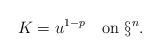
LaTeX: \begin{align*}K= u^{1-p}\quad\mbox{on }\S^n.\end{align*}